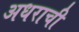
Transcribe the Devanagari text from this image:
अधराची